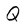
Character: Q